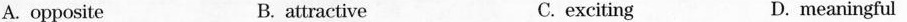
A. opposite B. attractive C. exciting D.meaningful